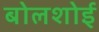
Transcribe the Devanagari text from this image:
बोलशोई